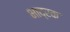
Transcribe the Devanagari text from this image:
भाद्रक